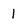
Character: I